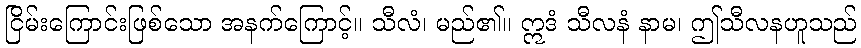
ငြိမ်းကြောင်းဖြစ်သော အနက်ကြောင့်။ သီလံ၊ မည်၏။ ဣဒံ သီလနံ နာမ၊ ဤသီလနဟူသည်